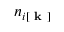
n _ { i [ \textbf { k } ] }